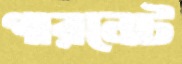
গারনেট